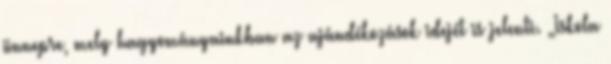
ünnepre, mely hagyományainkban az ajándékozások idejét is jelenti. „Iskola